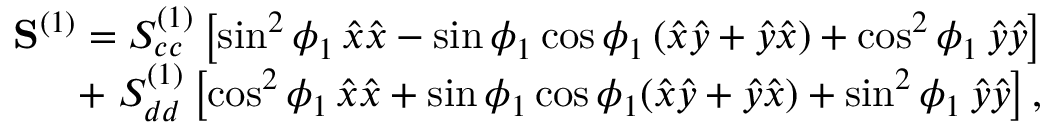
\begin{array} { r } { \mathbf { S } ^ { ( 1 ) } = S _ { c c } ^ { ( 1 ) } \left[ \sin ^ { 2 } \phi _ { 1 } \, \hat { x } \hat { x } - \sin \phi _ { 1 } \cos \phi _ { 1 } \, ( \hat { x } \hat { y } + \hat { y } \hat { x } ) + \cos ^ { 2 } \phi _ { 1 } \, \hat { y } \hat { y } \right] } \\ { + \; S _ { d d } ^ { ( 1 ) } \left[ \cos ^ { 2 } \phi _ { 1 } \, \hat { x } \hat { x } + \sin \phi _ { 1 } \cos \phi _ { 1 } ( \hat { x } \hat { y } + \hat { y } \hat { x } ) + \sin ^ { 2 } \phi _ { 1 } \, \hat { y } \hat { y } \right] , } \end{array}